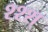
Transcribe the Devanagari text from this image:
श्श्श्